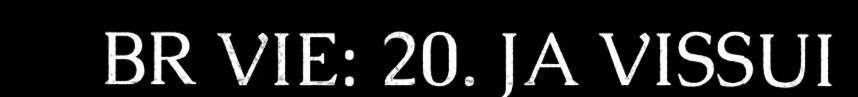
BR VIE: 20. JA VISSUI